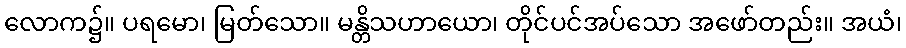
လောက၌။ ပရမော၊ မြတ်သော။ မန္တိသဟာယော၊ တိုင်ပင်အပ်သော အဖော်တည်း။ အယံ၊